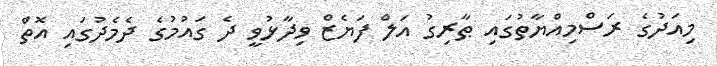
މިއަދުގެ ރަސްމިއްޔާތުގައި ޠާރިގު އަލް ފަޔެޒް ވިދާޅުވީ ދެ ގައުމުގެ ދެމެދުގައި އޮތް